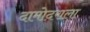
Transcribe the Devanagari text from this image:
दामोदराला